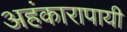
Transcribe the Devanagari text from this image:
अहंकारापायी